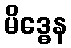
မိဒ္ဓေန